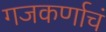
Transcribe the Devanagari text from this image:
गजकर्णाचं